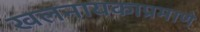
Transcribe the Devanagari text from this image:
खलनायकाप्रमाणे